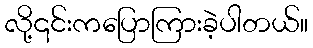
လို့၎င်းကပြောကြားခဲ့ပါတယ်။